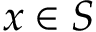
\boldsymbol { x } \in S